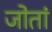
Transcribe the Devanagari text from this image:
जोतां